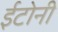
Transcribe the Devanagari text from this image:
ईटोनी